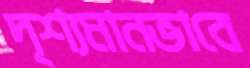
দৃশ্যমানভাবে